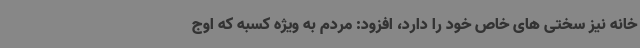
خانه نیز سختی های خاص خود را دارد، افزود: مردم به ویژه کسبه که اوج